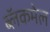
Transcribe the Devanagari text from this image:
ब्लॅकमेल